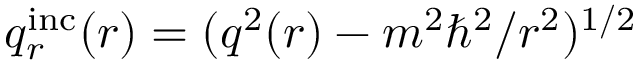
q _ { r } ^ { \mathrm { i n c } } ( r ) = ( q ^ { 2 } ( r ) - m ^ { 2 } \hbar ^ { 2 } / r ^ { 2 } ) ^ { 1 / 2 }